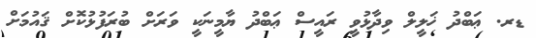
ޑރ. ޢަބްދު ޚަލީލް ވިދާޅުވީ ރައީސް ޢަބްދު ޔާމީނަކީ ވަރަށް ބުރަފުޅުކޮށް ޤައުމަށް